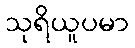
သုရိယူပမာ